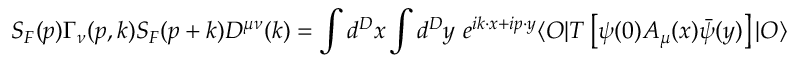
S _ { F } ( p ) \Gamma _ { \nu } ( p , k ) S _ { F } ( p + k ) D ^ { \mu \nu } ( k ) = \int d ^ { D } x \int d ^ { D } y \, \, e ^ { i k \cdot x + i p \cdot y } \langle O \vert T \left[ \psi ( 0 ) A _ { \mu } ( x ) \bar { \psi } ( y ) \right] \vert O \rangle